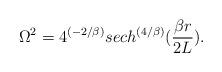
LaTeX: \begin{align*}\Omega^2 = 4^{(-2/\beta)}sech^{\left({4/\beta}\right)}({{\beta r} \over {2L}}).\end{align*}